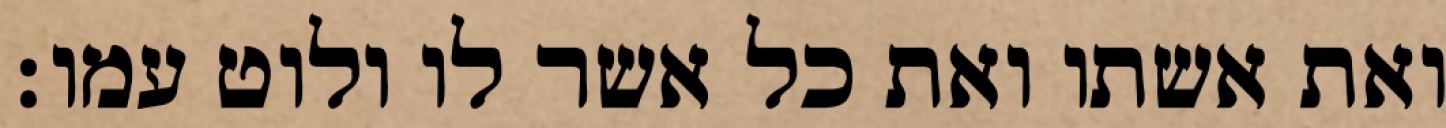
ואת אשתו ואת כל אשר לו ולוט עמו׃